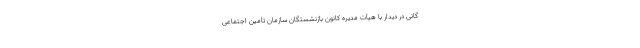
گانی در دیدار با هیأت مدیره کانون بازنشستگان سازمان تأمین اجتماعی